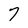
Character: 7